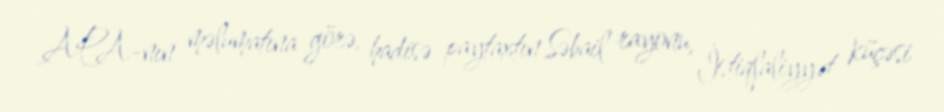
APA-nın məlumatına görə, hadisə paytaxtın Səbail rayonu, İstiqlaliyyət küçəsi